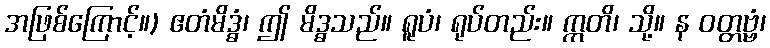
အဖြစ်ကြောင့်။) ဧတံမိဒ္ဓံ၊ ဤ မိဒ္ဓသည်။ ရူပံ၊ ရုပ်တည်း။ ဣတိ၊ သို့။ န ဝတ္တဗ္ဗံ၊